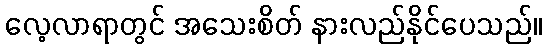
လေ့လာရာတွင် အသေးစိတ် နားလည်နိုင်ပေသည်။